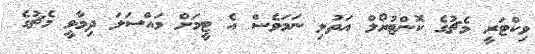
ވިކްޓަރީ މެޗުގެ ކޮންޓުރޯލް އަތުލި ނަމަވެސް އެ ޓީމަށް މައްސަލަ ދިމާވީ މެޗުގެ